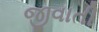
જીવાતી